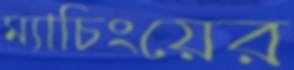
ম্যাচিংয়ের